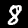
Digit: 8